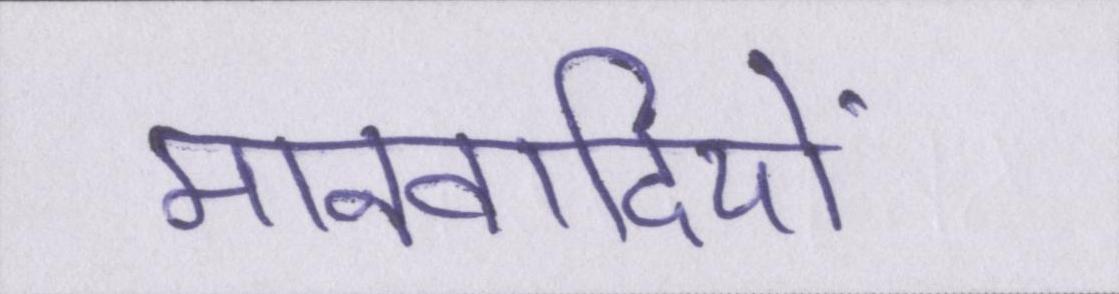
मानवादियों